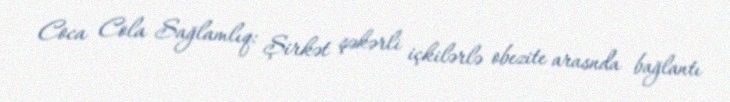
Coca Cola Sağlamlıq: Şirkət şəkərli içkilərlə obezite arasnda bağlantı